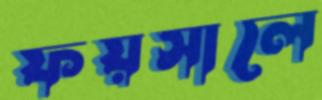
ফয়সালে